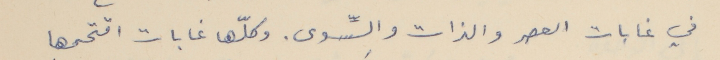
في غابات العصر والذات والسِّوى. وكلّها غابات اقتحمها